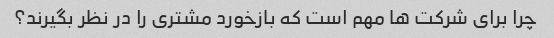
چرا برای شرکت ها مهم است که بازخورد مشتری را در نظر بگیرند؟